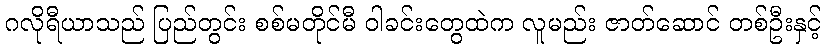
ဂလိုရီယာသည် ပြည်တွင်း စစ်မတိုင်မီ ဝါခင်းတွေထဲက လူမည်း ဇာတ်ဆောင် တစ်ဦးနှင့်